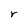
Character: r